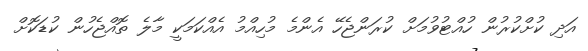
އަދި ކުށްކުރުން ހުއްޓުވުމަށް ކުރަންޖެހޭ އެންމެ މުހިއްމު އެއްކަމަކީ މާލެ ތޮއްޖެހުން ކުޑަކޮށް